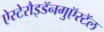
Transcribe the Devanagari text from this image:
ऐस्टेरौइडॅनगुऍरटॅल